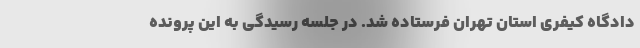
دادگاه کیفری استان تهران فرستاده شد. در جلسه رسیدگی به این پرونده